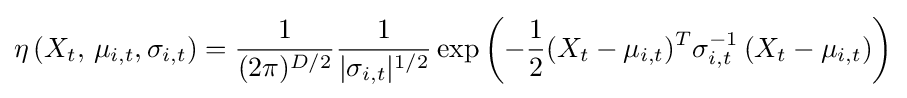
\eta \left(X_{t},\,\mu _{i,t},\sigma _{i,t}\right)={\dfrac {1}{(2\pi )^{D/2}}}{1 \over |\sigma _{i,t}|^{1/2}}\exp \left(-{1 \over 2}(X_{t}-\mu _{i,t})^{T}\sigma _{i,t}^{-1}\left(X_{t}-\mu _{i,t}\right)\right)